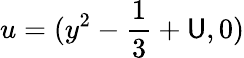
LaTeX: u=(y^{2}-\frac{1}{3}+\mathsf{U},0)